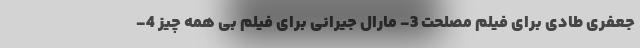
جعفری طادی برای فیلم مصلحت 3- مارال جیرانی برای فیلم بی همه چیز 4-